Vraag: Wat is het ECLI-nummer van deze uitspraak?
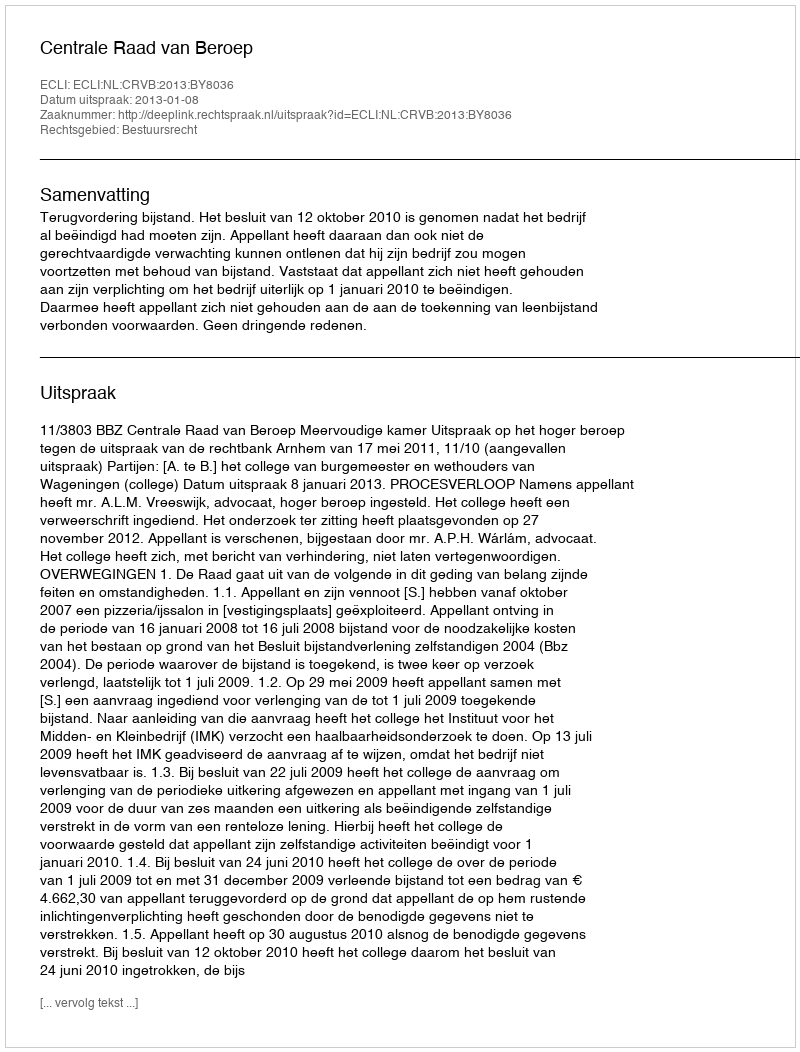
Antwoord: ECLI:NL:CRVB:2013:BY8036